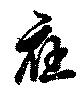
応